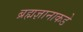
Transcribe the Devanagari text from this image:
ब्रह्मज्ञानाकडे